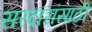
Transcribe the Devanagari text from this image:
सरदारांसाठी